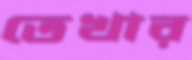
তেখার